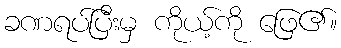
ခဏရပ်ပြီးမှ ကိုယ့်ကို ဖြေ၏။